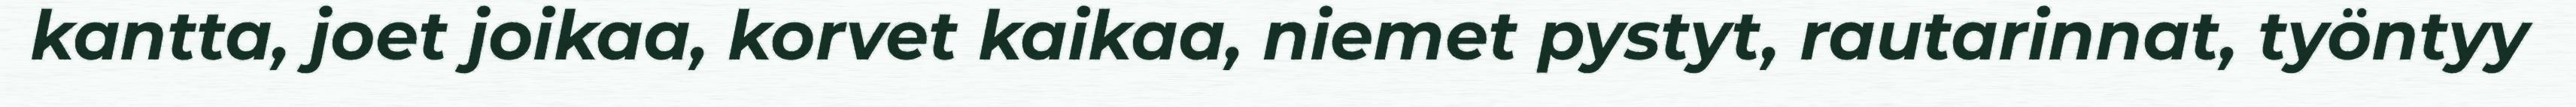
kantta, joet joikaa, korvet kaikaa, niemet pystyt, rautarinnat, työntyy